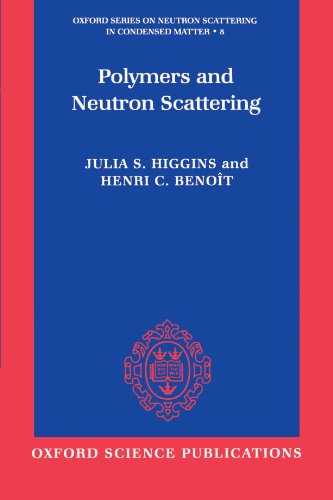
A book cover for Polymers and Neutron Scattering (Oxford Series on Neutron Scattering in Condensed Matter); Julia S. Higgins; Science & Math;